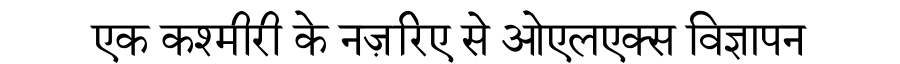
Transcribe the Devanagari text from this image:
एक कश्मीरी के नज़रिए से ओएलएक्स विज्ञापन